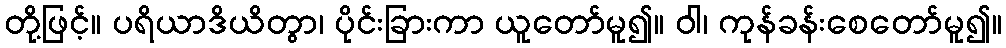
တို့ဖြင့်။ ပရိယာဒိယိတွာ၊ ပိုင်းခြားကာ ယူတော်မူ၍။ ဝါ၊ ကုန်ခန်းစေတော်မူ၍။